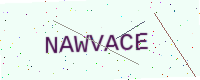
Text: NAWVACE